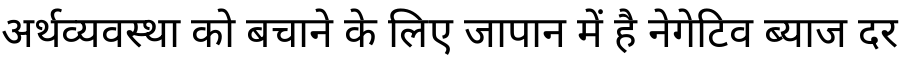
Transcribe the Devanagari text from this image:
अर्थव्यवस्था को बचाने के लिए जापान में है नेगेटिव ब्याज दर